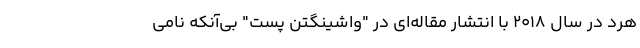
هرد در سال ۲۰۱۸ با انتشار مقاله‌ای در "واشینگتن پست" بی‌آنکه نامی